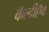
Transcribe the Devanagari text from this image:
कॅल्दीऍव